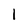
Character: 1